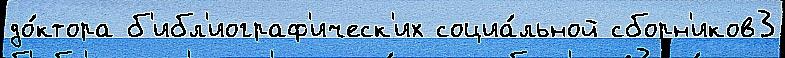
до́ктора б'ибл'иограф'ическ'их социа́льной сборн'иков3